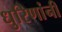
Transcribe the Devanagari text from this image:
धुरिणांनी